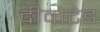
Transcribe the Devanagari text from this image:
दीवोटेड